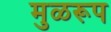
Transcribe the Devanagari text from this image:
मुळरूप